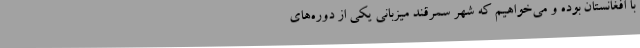
با افغانستان بوده و می‌خواهیم که شهر سمرقند میزبانی یکی از دوره‌های